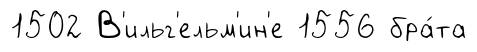
1502 В'ильг'ельм'ин'е 1556 бра́та